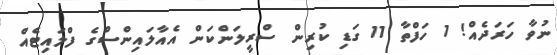
ނުވާ ހަރަދެއް! 1 ހަފްތާ 11 ގަޑި ކުރިން ސްރީލަންކަން އެއާލައިންސްގެ ފްލައިޓެއް